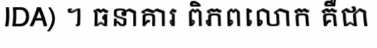
IDA) ។ ធនាគារ ពិភពលោក គឺជា